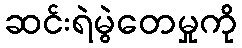
ဆင်းရဲမွဲတေမှုကို